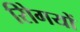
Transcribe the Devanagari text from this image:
रोिगयों